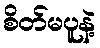
စိတ်မပူနဲ့